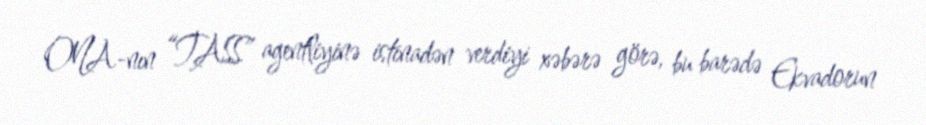
ONA-nın “TASS” agentliyinə istinadən verdiyi xəbərə görə, bu barədə Ekvadorun